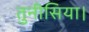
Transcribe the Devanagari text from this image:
तुनीसिया।